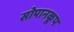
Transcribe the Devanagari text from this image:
सोपानकूप